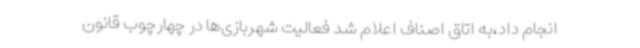
انجام داد،به اتاق اصناف اعلام شد فعالیت شهربازی‌ها در چهارچوب قانون